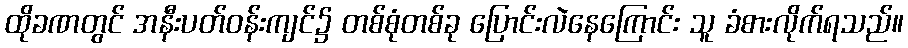
ထိုခဏတွင် အနီးပတ်ဝန်းကျင်၌ တစ်စုံတစ်ခု ပြောင်းလဲနေကြောင်း သူ ခံစားလိုက်ရသည်။